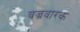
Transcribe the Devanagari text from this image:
वज्रवारक